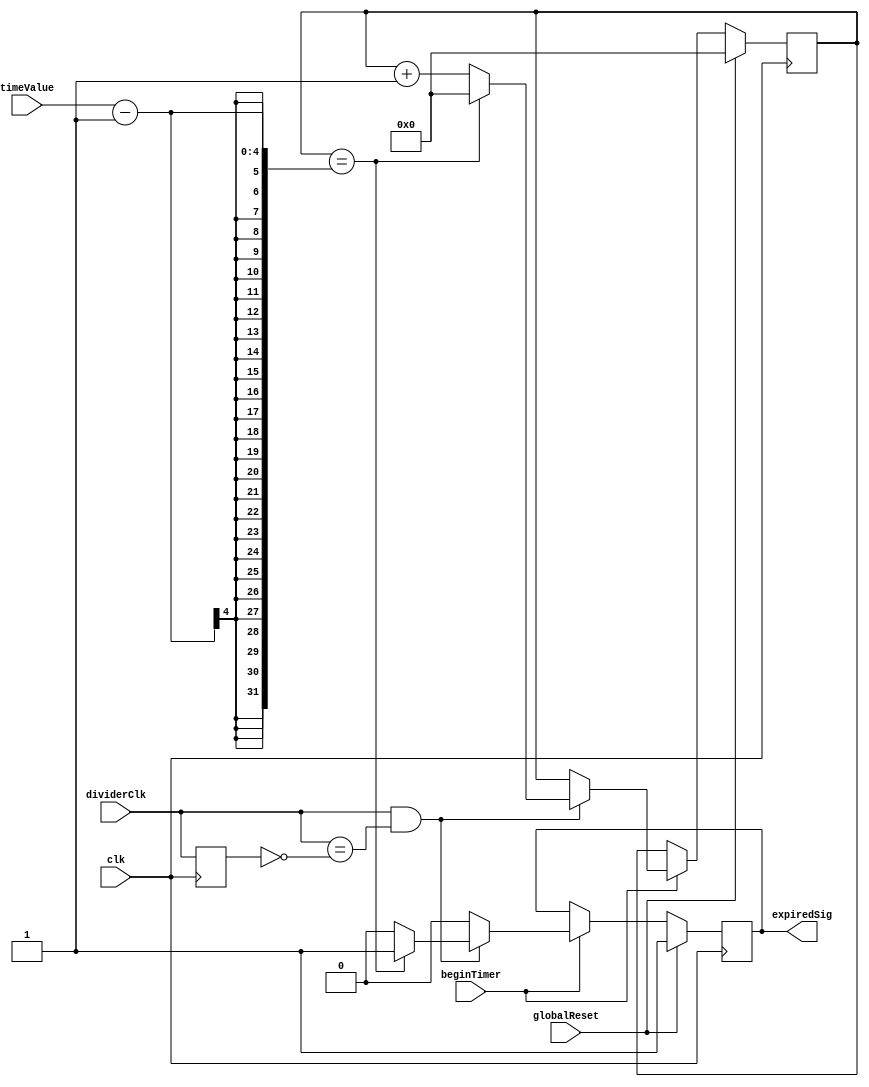
`timescale 1ns / 1ps

module timer(clk, dividerClk, globalReset, beginTimer, timeValue, expiredSig);
    input clk, dividerClk, globalReset, beginTimer;
	 input [3:0]timeValue;
	 output reg expiredSig = 1;
	 
	 reg [3:0] counter = 0;
	 reg dividerClkReg   ;//used to identify the positive edge of divider clock
	 
	 always @ (posedge clk )
		begin
			dividerClkReg <= dividerClk;
			if (globalReset == 1)
				begin
					expiredSig <= 1;
					counter 	  <= 0; 
				end
			else if (beginTimer == 1 )begin 
			//runs timer module only when FSM makes begin timer signal 1
			expiredSig <= 0;
			if (dividerClk ==1 && dividerClk == ~dividerClkReg)
			// counter only get updated at the positive edge of the divider clk
			begin
					if (counter == timeValue-1)
						begin
							counter    <= 0;
							expiredSig <= 1;
						end
					else 
						counter <= counter + 1;
					end
					end
		end
endmodule